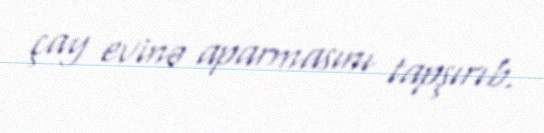
çay evinə aparmasını tapşırıb.